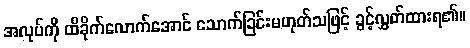
အလုပ်ကို ထိခိုက်လောက်အောင် သောက်ခြင်းမဟုတ်သဖြင့် ခွင့်လွှတ်ထားရ၏။